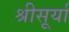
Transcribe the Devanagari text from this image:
श्रीसूर्या